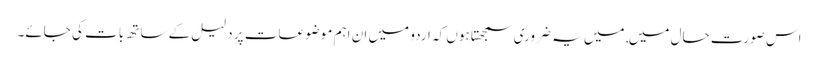
اس صورت حال میں, میں یہ ضروری سمجھتا ہوں کہ اردو میں ان اہم موضوعات پر دلیل کے ساتھ بات کی جائے۔